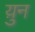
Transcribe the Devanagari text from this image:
य़ुन